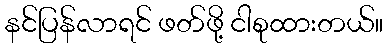
နင်ပြန်လာရင် ဖတ်ဖို့ ငါစုထားတယ်။